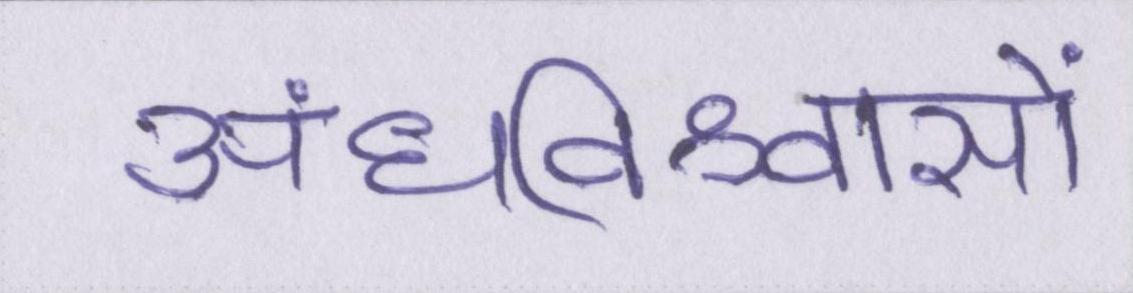
अंधविश्वासों